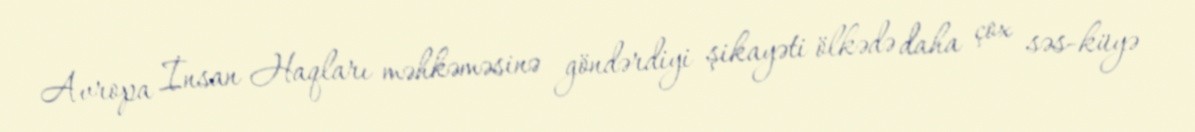
Avropa İnsan Haqları məhkəməsinə göndərdiyi şikayəti ölkədə daha çox səs-küyə